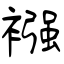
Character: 襁